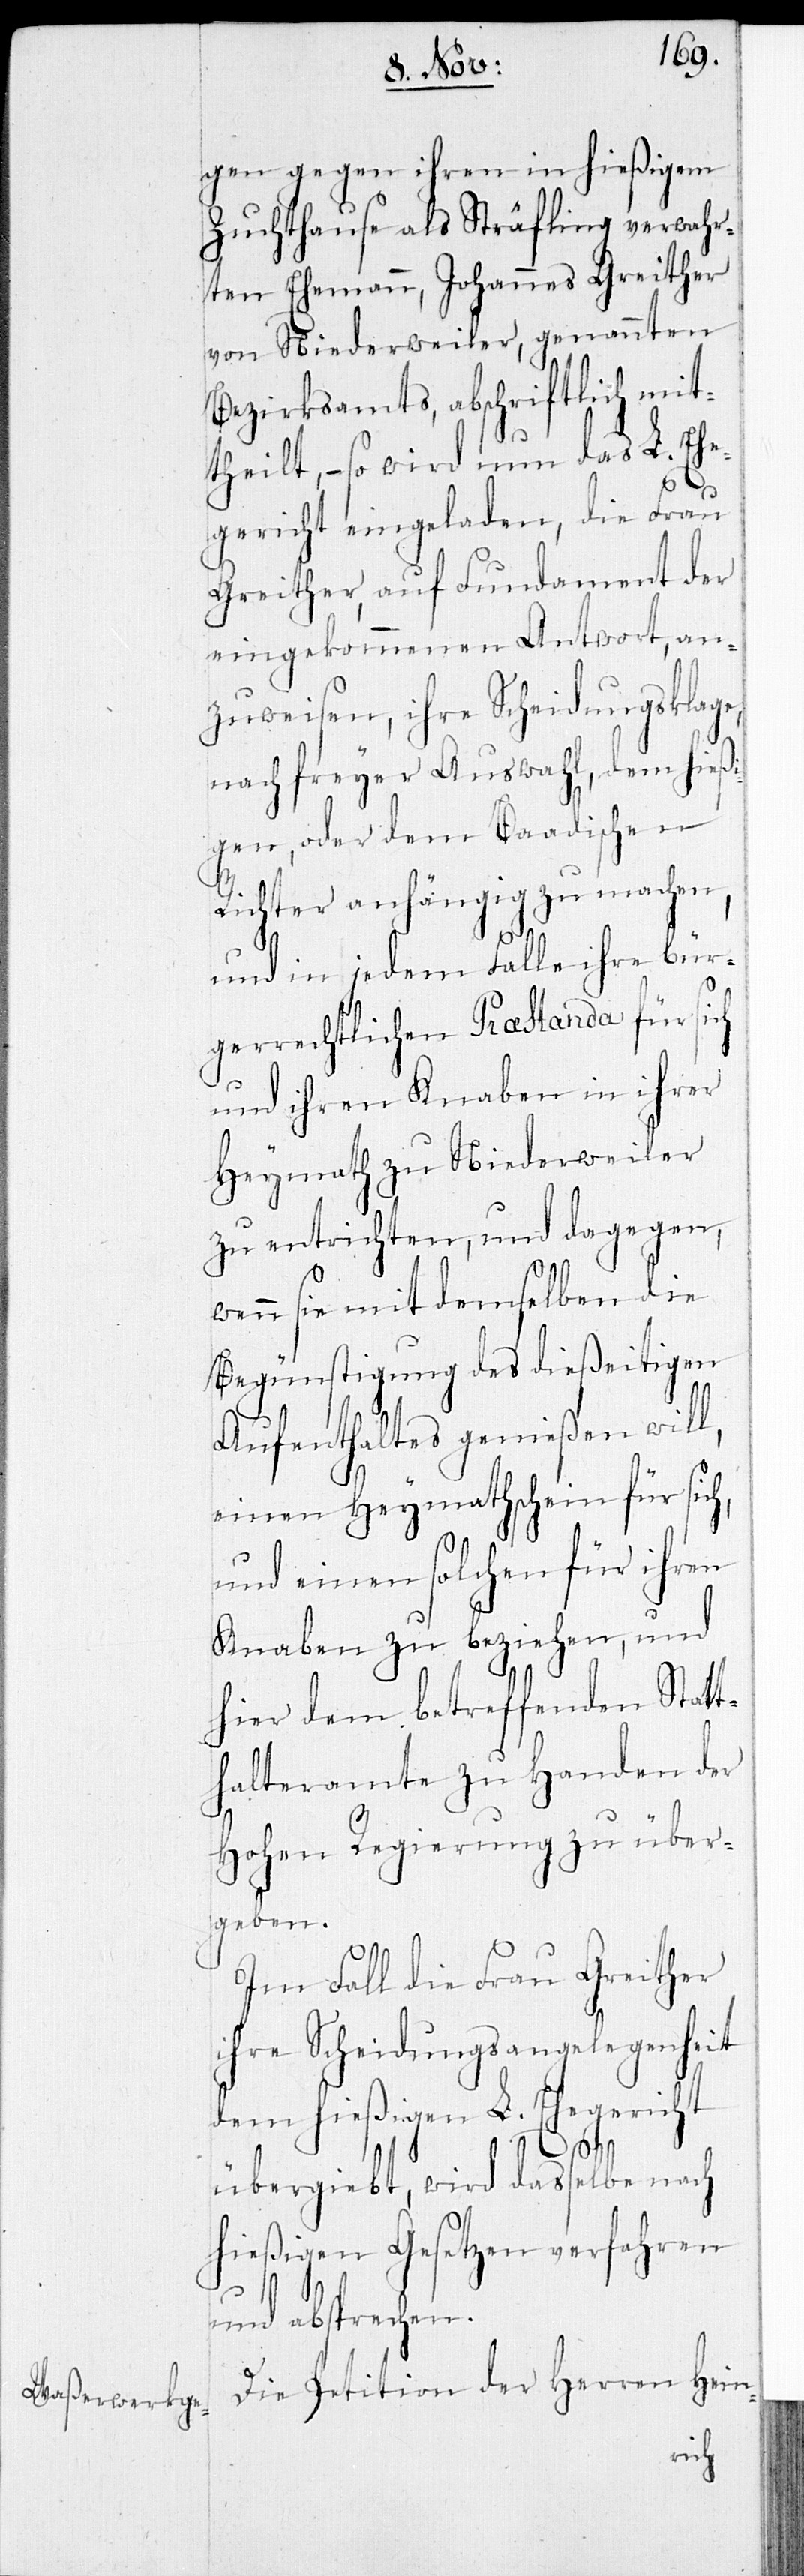
gen gegen ihren in hießigem
Zuchthause als Sträfling verwahr¬
ten Ehemann, Johannes Greither
von Niederweiler, genannten
Bezirksamts, abschriftlich mit¬
theilt, – so wird nun das L. Ehe¬
gericht eingeladen, die Frau
Greither, auf Fundament der
eingekommenen Antwort, an¬
zuweisen, ihre Scheidungsklage
nach freyer Auswahl, dem hießi¬
gen, oder dem Baadischen
Richter anhängig zu machen,
und in jedem Falle ihre bür¬
gerrechtlichen Praestanda für sich
und ihren Knaben in ihrer
Heymath zu Niederweiler
zu entrichten, und dagegen,
wenn sie mit demselben die
Begünstigung des dießeitigen
Aufenthaltes genießen will,
einen Heymathschein für sic¬
und einen solchen für ihren
Knaben zu beziehen, und
hier dem betreffenden Statt¬
halteramte zu Handen der
Hohen Regierung zu über¬
geben.
Im Fall die Frau Greither
ihre Scheidungsangelegenheit
dem hießigen L. Ehegericht
h,
übergiebt, wird dasselbe nach
hießigen Gesetzen verfahren
und absprechen.
Die Petition der Herren Hein-